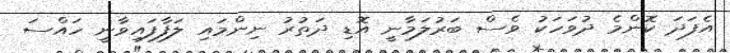
އެފަދަ ކޮންމެ ދުވަހަކު ވެސް ބަރުލަމާނީ އޮޑި ދަތުރު ނިންމައި ލަފާފައިވާނީ ހައްސަ